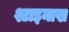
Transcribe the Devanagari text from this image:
श्टाइनाख